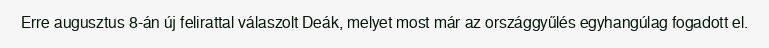
Erre augusztus 8-án új felirattal válaszolt Deák, melyet most már az országgyűlés egyhangúlag fogadott el.